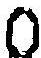
0